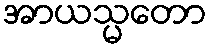
အာယသ္မတော